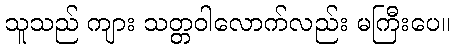
သူသည် ကျား သတ္တဝါလောက်လည်း မကြီးပေ။